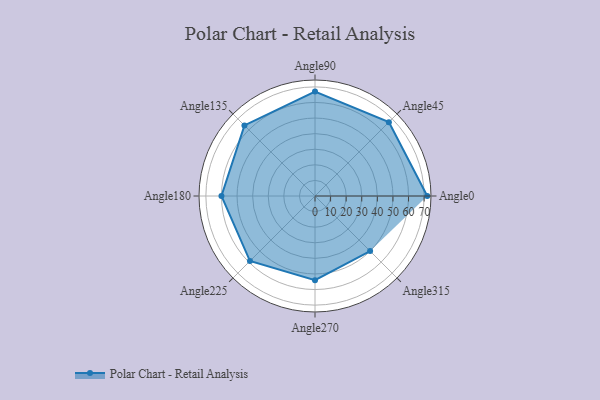
{"axis": {"x": "Angle", "y": "Radius"}, "legend": [""], "data": [{"x": "Angle0", "y": 72.0, "type": ""}, {"x": "Angle45", "y": 67.0, "type": ""}, {"x": "Angle90", "y": 67.0, "type": ""}, {"x": "Angle135", "y": 64.0, "type": ""}, {"x": "Angle180", "y": 60.0, "type": ""}, {"x": "Angle225", "y": 59.0, "type": ""}, {"x": "Angle270", "y": 54.0, "type": ""}, {"x": "Angle315", "y": 50, "type": ""}]}